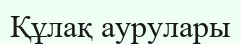
Құлақ аурулары